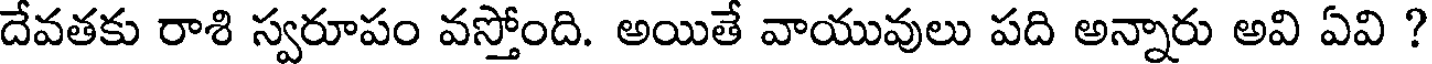
దేవతకు రాశి స్వరూపం వస్తోంది. అయితే వాయువులు పది అన్నారు అవి ఏవి ?